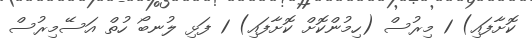
ކޮށާފައި) 1 މިރުސް (ހިމުންކޮށް ކޮށާފައި) 1 ފަޅި ލުނބޯ ހުތް އަސޭމިރުސް